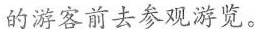
的游客前去参观游览。